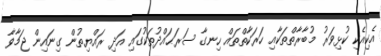
އެކިއެކި ކުޅިވަރު މުބާރާތްތަކާއި ހަރަކާތްތައް ހިނގާ ސަރަޙައްދުތަކުގައި އަދި ރައްޔިތުން ގިނައިން ޖަމާވާ